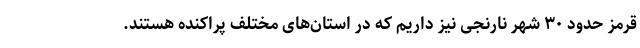
قرمز حدود ۳۰ شهر نارنجی نیز داریم که در استان‌های مختلف پراکنده هستند.